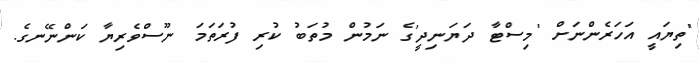
"ތިޔައީ އަހަރެންނަށް 'މިސްޓާ ދަޔަނިދީ'ގެ ނަމުން މުތަބު ކުރި ފުރަތަމަ ނޫސްވެރިޔާ ކަންނޭނގެ.